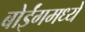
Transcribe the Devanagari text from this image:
बोईंगमध्ये